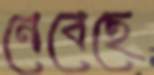
নেবেছে